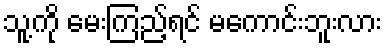
သူ့ကို မေးကြည့်ရင် မကောင်းဘူးလား